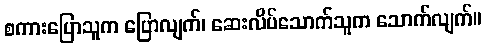
စကားပြောသူက ပြောလျက်၊ ဆေးလိပ်သောက်သူက သောက်လျက်။